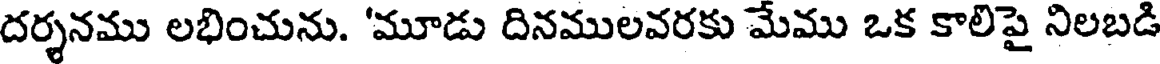
దర్శనము లభించును. 'మూడు దినములవరకు మేము ఒక కాలిపై నిలబడి